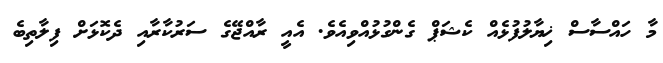
މާ ހައްސާސް ޚިޔާލުފުޅެއް ކެޝަޕް ގެންގުޅުއްވިއެވެ. އެއީ ރާއްޖޭގެ ސަރުކާރާއި ދެކޮޅަށް ފިލާތިބެ